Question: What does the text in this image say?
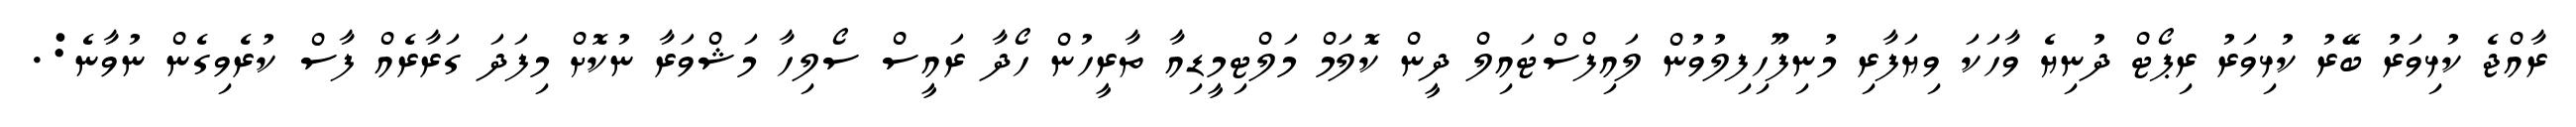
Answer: ރާއްޖެ ކުޅިވަރު ބޭރު ކުޅިވަރު ރިޕޯޓް ދުނިޔެ ވާހަކަ ވިޔަފާރި މުނިފޫހިފިލުވުން ލައިފްސްޓައިލް ދީން ކޮލަމް މަލްޓިމީޑިއާ ތާރީހުން ހޯދާ ރައީސް ސޯލިހާ މަޝްވަރާ ނުކޮށް މިފަދަ ގަރާރެއް ފާސް ކުރެވިގެން ނުވާނެ:.